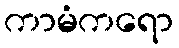
ကာမံကရော